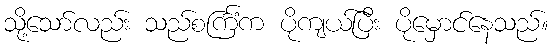
သို့သော်လည်း သည်စင်္ကြံက ပိုကျယ်ပြီး ပိုမှောင်နေသည်။